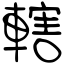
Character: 轄